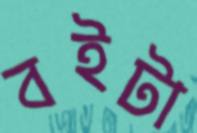
বইটা